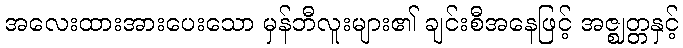
အလေးထားအားပေးသော မှန်ဘီလူးများ၏ ချင်းစီအနေဖြင့် အဇ္ဈတ္တနှင့်